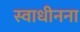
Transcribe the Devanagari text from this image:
स्वाधीनना